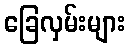
ခြေလှမ်းများ